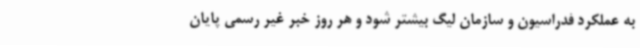
به عملکرد فدراسیون و سازمان لیگ بیشتر شود و هر روز خبر غیر رسمی پایان